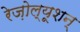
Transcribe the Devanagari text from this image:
रेज़ोल्यूशन्